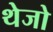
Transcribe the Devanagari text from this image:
थेजो